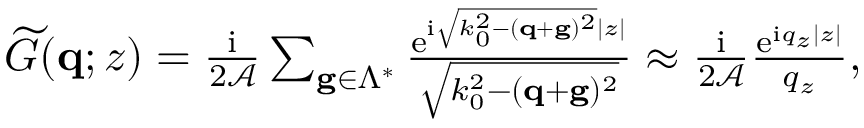
\begin{array} { r } { \widetilde G ( \mathbf { q } ; z ) = \frac { \mathrm { i } } { 2 \mathcal { A } } \sum _ { \mathbf g \in \Lambda ^ { * } } \frac { \mathrm { e } ^ { \mathrm { i } \sqrt { k _ { 0 } ^ { 2 } - ( \mathbf { q } + \mathbf g ) ^ { 2 } } | z | } } { \sqrt { k _ { 0 } ^ { 2 } - ( \mathbf { q } + \mathbf g ) ^ { 2 } } } \approx \frac { \mathrm { i } } { 2 \mathcal { A } } \frac { \mathrm { e } ^ { \mathrm { i } q _ { z } | z | } } { q _ { z } } , } \end{array}